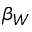
\beta _ { W }